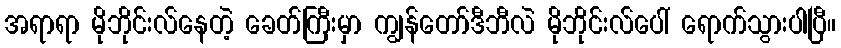
အရာရာ မိုဘိုင်းလ်နေတဲ့ ခေတ်ကြီးမှာ ကျွန်တော်ဒီဘီလဲ မိုဘိုင်းလ်ပေါ် ရောက်သွားပါပြီ။